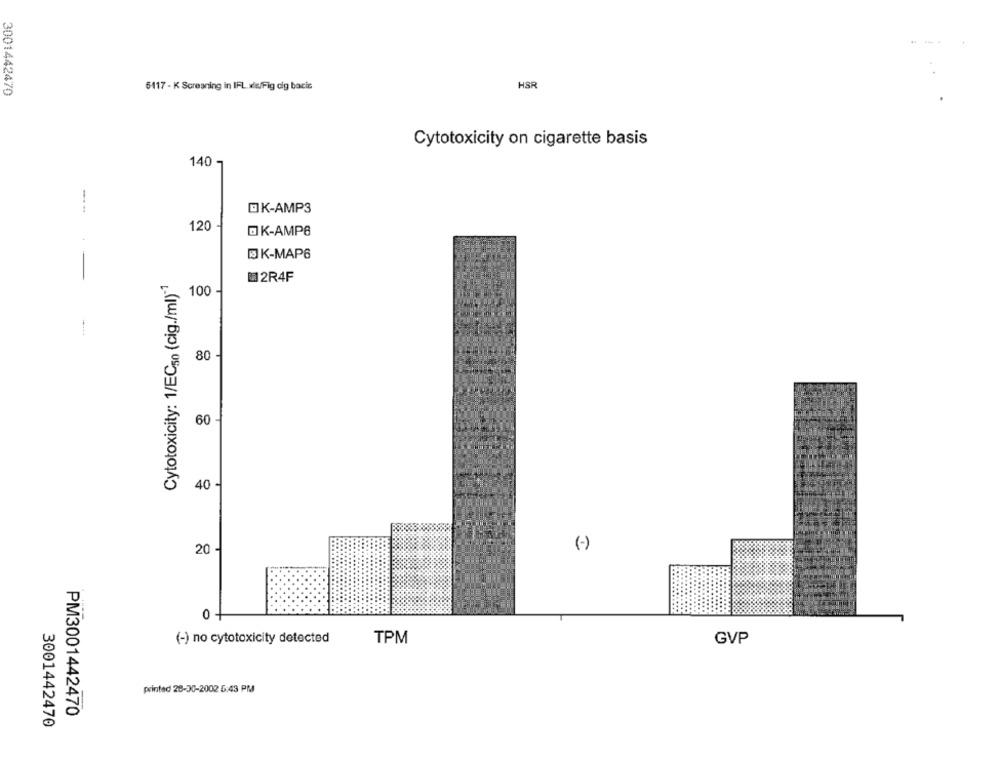
HSR
3001442470
5417 - K Screening in IFL.xls/Fig cig bacis
Cytotoxicity on cigarette basis
140 -
OK-AMP3
120
OK-AMP6
K-MAP6
----
Cytotoxicity: 1/EC50 (cig./ml)"1
2R4F
100
80
60
40
(-)
20 -
(-) no cytotoxicity detected
TPM
GVP
printed 28-30-2002 5:43 PM
PM3001442470
3001442470